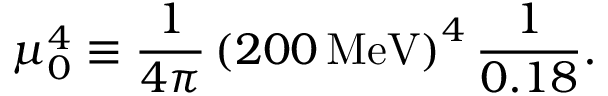
\mu _ { 0 } ^ { 4 } \equiv { \frac { 1 } { 4 \pi } } \left( 2 0 0 \, \mathrm { M e V } \right) ^ { 4 } { \frac { 1 } { 0 . 1 8 } } .